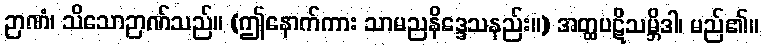
ဉာဏံ၊ သိသောဉာဏ်သည်။ (ဤနောက်ကား သာမညနိဒ္ဒေသနည်း။) အတ္ထပဋိသမ္ဘိဒါ၊ မည်၏။